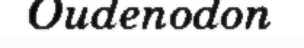
Oudenodon